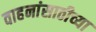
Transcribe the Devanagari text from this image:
वाहनांसाठीच्या